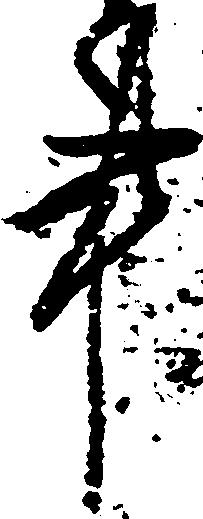
事